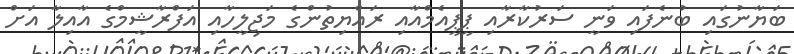
ބަޔާނުގައި ބުނެފައި ވަނީ ސަރުކާރާއި ޕީޕީއެމްއާއި ރައްޔިތުންގެ މަޖިލީހާއި އަފްރާޝީމްގެ އާއިލާ އަށް